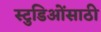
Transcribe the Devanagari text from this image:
स्टुडिओंसाठी